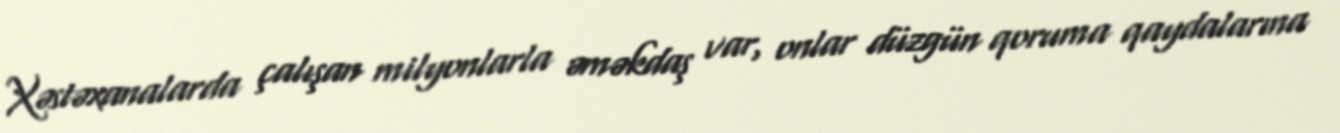
Xəstəxanalarda çalışan milyonlarla əməkdaş var, onlar düzgün qoruma qaydalarına